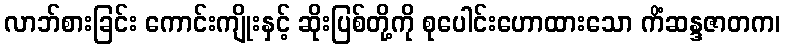
လာဘ်စားခြင်း ကောင်းကျိုးနှင့် ဆိုးပြစ်တို့ကို စုပေါင်းဟောထားသော ကိံဆန္ဒဇာတက၊